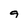
Character: 9